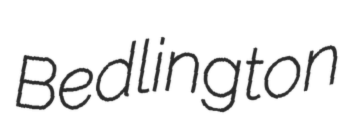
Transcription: Bedlington